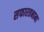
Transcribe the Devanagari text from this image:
सफारतनामा